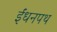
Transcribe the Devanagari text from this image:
ईंधनपथ